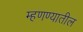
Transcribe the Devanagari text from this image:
म्हणण्यातील